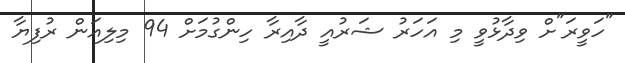
"ހަވީރަ"ށް ވިދާޅުވީ މި އަހަރު ޝަރުއީ ދާއިރާ ހިންގުމަށް 94 މިލިއަން ރުފިޔާ